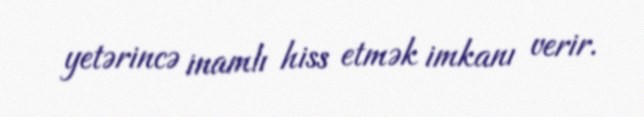
yetərincə inamlı hiss etmək imkanı verir.